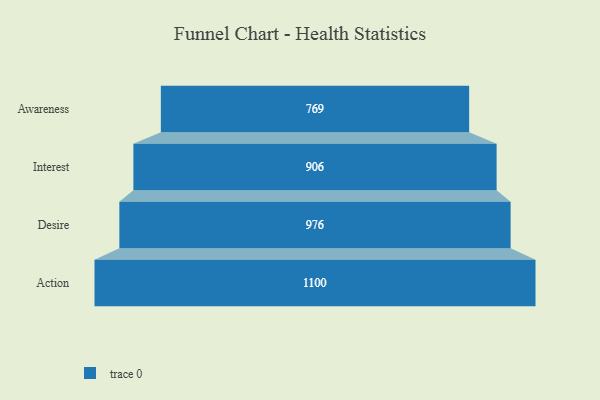
{"axis": {"x": "Stage", "y": "Value"}, "legend": [""], "data": [{"x": "Awareness", "y": 769.0, "type": ""}, {"x": "Interest", "y": 906.0, "type": ""}, {"x": "Desire", "y": 976.0, "type": ""}, {"x": "Action", "y": 1100.0, "type": ""}]}